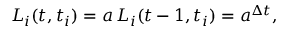
L _ { i } ( t , t _ { i } ) = a \, L _ { i } ( t - 1 , t _ { i } ) = a ^ { \Delta t } ,